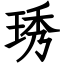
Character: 琇